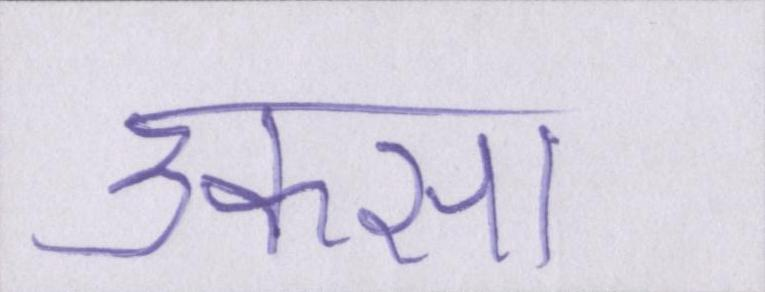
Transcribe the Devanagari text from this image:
उकसा